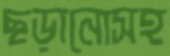
ছড়ানোসহ